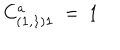
C _ { ( { \bf 1 } , { \bf 1 } ) { \bf 1 } } ^ { a } \ = \ 1 \quad